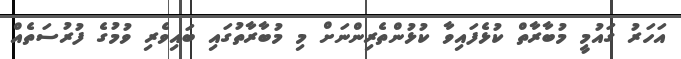
އަހަރު ގައުމީ މުބާރާތް ކުޅެފައިވާ ކުޅުންތެރިންނަށް މި މުބާރާތުގައި ބައިވެރި ވުމުގެ ފުރުސަތެއް